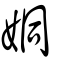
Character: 姛